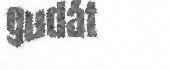
gudát